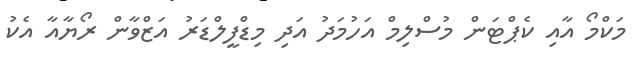
މަކްމޯ އާއި ކެޕްޓަން މުސްލިމް އަހުމަދު އަދި މިޑްފީލްޑަރު އަޒްވާން ރޯޔާއާ އެކު